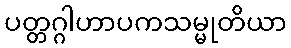
ပတ္တဂ္ဂါဟာပကသမ္မုတိယာ